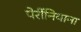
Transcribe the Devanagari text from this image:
पेर्रीनियाना